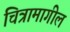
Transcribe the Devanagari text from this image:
चित्रामागील